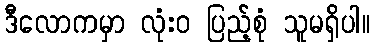
ဒီလောကမှာ လုံးဝ ပြည့်စုံ သူမရှိပါ။